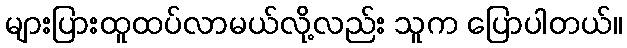
များပြားထူထပ်လာမယ်လို့လည်း သူက ပြောပါတယ်။